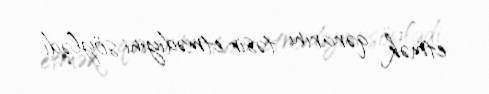
etmək qərarını təsir etmədiyini söylədi.